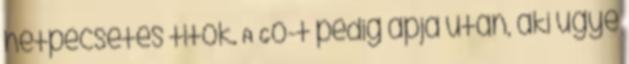
hétpecsétes titok. A Go-t pedig apja után, aki ugye